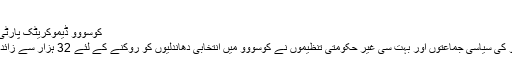
‘
کوسووو ڈیموکریٹک پارٹی کے حامی پر امید ہیں
يورپی اداروں، کوسووو کی سياسی جماعتوں اور بہت سی غير حکومتی تنظيموں نے کوسووو ميں انتخابی دھاندليوں کو روکنے کے لئے 32 ہزار سے زائد مبصر مقرر کئے ہيں۔